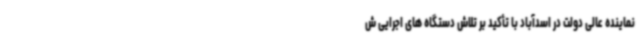
نماینده عالی دولت در اسدآباد با تأکید بر تلاش دستگاه های اجرایی ش